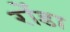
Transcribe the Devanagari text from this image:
रोंडा